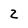
Character: 2